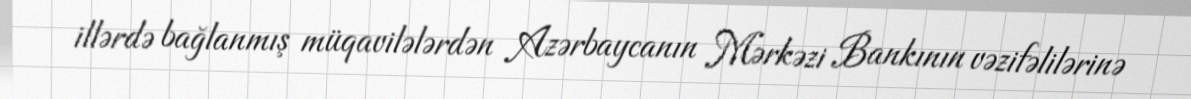
illərdə bağlanmış müqavilələrdən Azərbaycanın Mərkəzi Bankının vəzifəlilərinə